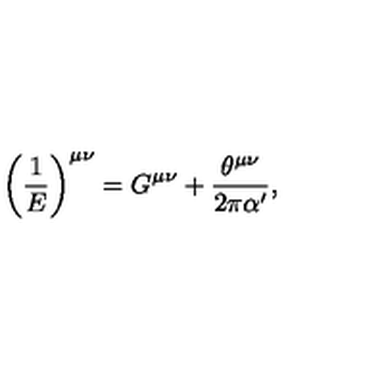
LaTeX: \left( \frac { 1 } { E } \right) ^ { \mu \nu } = G ^ { \mu \nu } + \frac { \theta ^ { \mu \nu } } { 2 \pi \alpha ^ { \prime } } ,